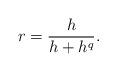
LaTeX: \begin{align*}r = \frac{h}{h+h^q}.\end{align*}